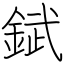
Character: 錻